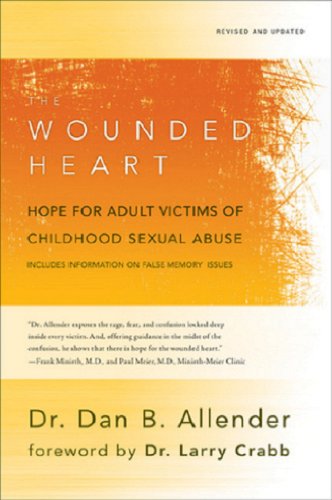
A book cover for The Wounded Heart: Hope for Adult Victims of Childhood Sexual Abuse; Dan B. Allender; Parenting & Relationships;